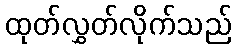
ထုတ်လွှတ်လိုက်သည်